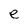
Character: e